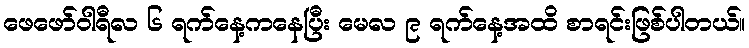
ဖေဖော်ဝါရီလ ၆ ရက်နေ့ကနေပြီး မေလ ၉ ရက်နေ့အထိ စာရင်းဖြစ်ပါတယ်။